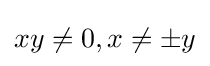
xy\neq 0,x\neq \pm y